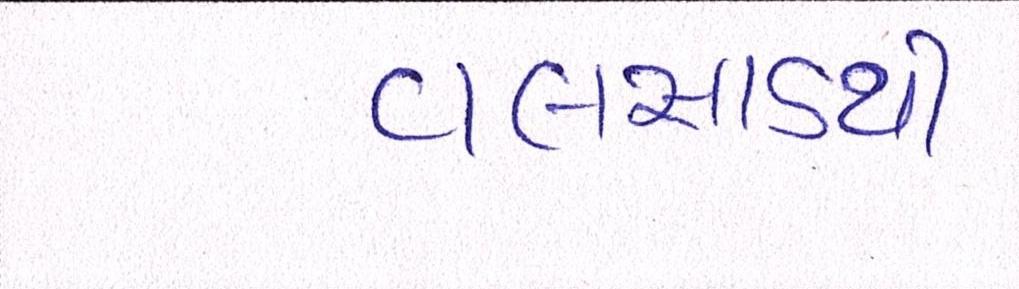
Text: વલસાડથી